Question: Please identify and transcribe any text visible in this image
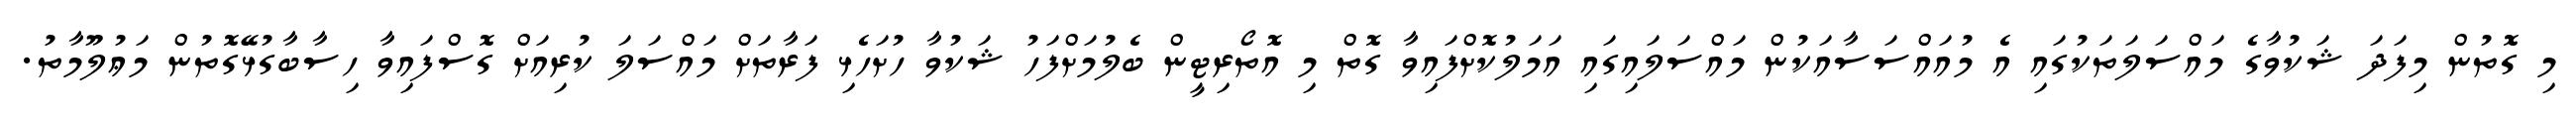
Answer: މި ގޮތުން މިފަދަ ޝަކުވާގެ މައްސަލަތަކުގައި އެ މުއައްސަސާއަކުން މައްސަލައިގައި އަމަލުކޮށްފައިވާ ގޮތް މި އޮތޯރިޓީން ބެލުމަށްފަހު ޝަކުވާ ހުށަހެޅި ފަރާތަށް މައްސަލަ ކުރިއަށް ގޮސްފައިވާ ހިސާބާގުޅޭގޮތުން މަޢުލޫމާތު.